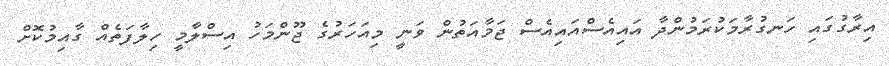
އިރާގުގައި ހަނގުރާމަކުރަމުންދާ އައިއެސްއައިއެސް ޖަމާއަތުން ވަނީ މިއަހަރުގެ ޖޫންމަހު އިސްލާމީ ހިލާފަތެއް ގާއިމުކޮށް